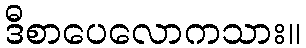
ဒီစာပေလောကသား။